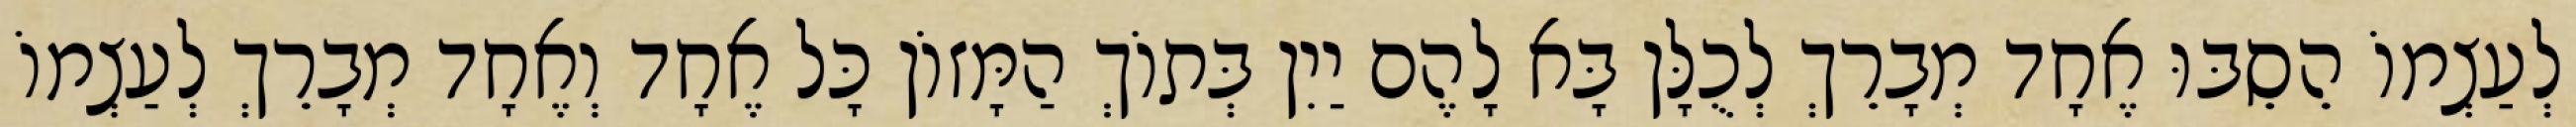
לְעַצְמוֹ הֵסֵבּוּ אֶחָד מְבָרֵךְ לְכֻלָּן בָּא לָהֶם יַיִן בְּתוֹךְ הַמָּזוֹן כָּל אֶחָד וְאֶחָד מְבָרֵךְ לְעַצְמוֹ